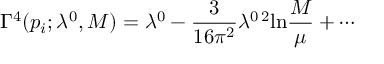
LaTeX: \Gamma ^ { 4 } ( p _ { i } ; \lambda ^ { 0 } , M ) = \lambda ^ { 0 } - \frac { 3 } { 1 6 \pi ^ { 2 } } \lambda ^ { 0 \, 2 } \mathrm { l n } \frac { M } { \mu } + \cdots